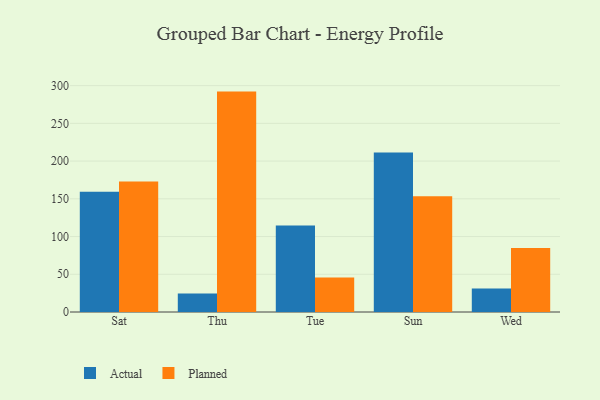
{"axis": {"x": "Day", "y": "Population (Million)"}, "legend": ["Actual", "Planned"], "data": [{"x": "Sat", "y": 159.3, "type": "Actual"}, {"x": "Sat", "y": 173.1, "type": "Planned"}, {"x": "Thu", "y": 24.6, "type": "Actual"}, {"x": "Thu", "y": 292.1, "type": "Planned"}, {"x": "Tue", "y": 114.6, "type": "Actual"}, {"x": "Tue", "y": 45.7, "type": "Planned"}, {"x": "Sun", "y": 211.4, "type": "Actual"}, {"x": "Sun", "y": 153.4, "type": "Planned"}, {"x": "Wed", "y": 31.0, "type": "Actual"}, {"x": "Wed", "y": 84.8, "type": "Planned"}]}